Report on malaria in the Punjab during the year ...  together with an account of the work of the Punjab Malaria Bureau - Volume 3
Disease focus: Malaria
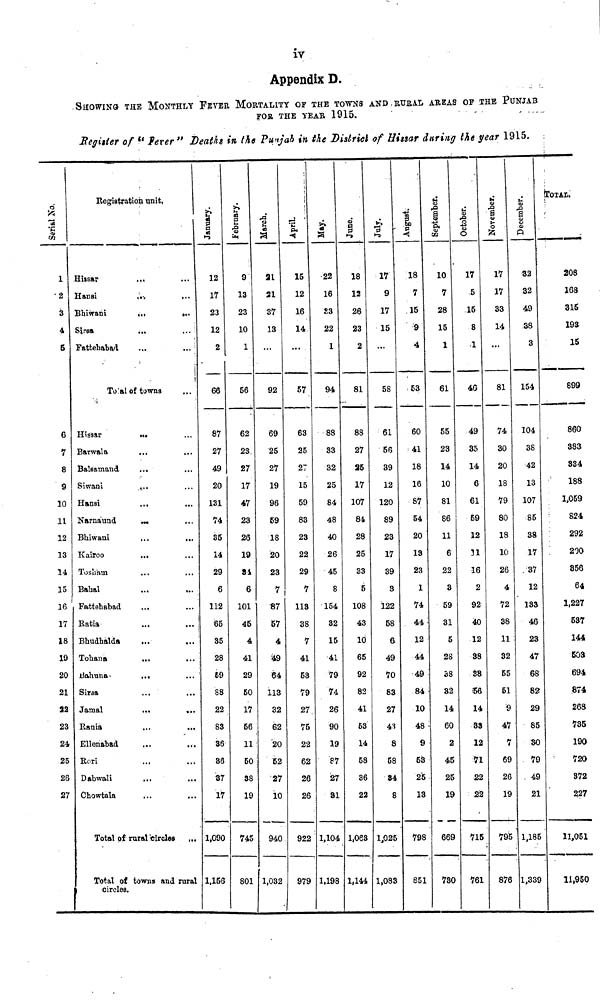
iv
Appendix D.
SHOWING THE MONTHLY FEVER MORTALITY OF THE TOWNS AND RURAL AREAS OF THE PUNJAB
FOR THE YEAR 1915.
Register of "Fever" Deaths in the Punjab in the District of Hissar during the year 1915.
Serial No.
1
2
3
4
5
6
7
8
9
10
11
12
13
14
15
16
17
18
10
20
21
22
23
24
25
26
27
Registration unit,
Hissar
...
...
Hansi
... ...
Bhiwani
...
...
Sirss
... ...
Fattehabad ... ...
To al of towns ...
Hissar
... ...
Barwala ... ...
Balsamand
... ...
Siwani
... ...
Hansi
... ...
Narnaund
...
...
Bhiwani ... ...
Kairoo
... ...
Tosham ... ...
Bahal ... ...
Fattehabad ... ...
Ratia ... ...
Bhudhalds ... ...
Tohana
... ...
Bahuna
...
...
Sirsa ... ...
Jamal
...
...
Rania
...
...
Ellenabad ... ...
Rori ... ...
Dabwali ... ...
Chowtala ... ...
Total of rural circles ...
Total of towns and rural
circles.
January.
12
17
23
12
2
66
87
27
49
20
131
74
35
14
29
6
112
65
35
28
39
88
22
83
36
38
37
17
1,090
1,156
February.
9
13
23
10
1
56
62
23
27
17
47
23
26
19
31
6
101
45
4
41
29
50
17
56
11
50
38
19
745
801
March.
21
21
37
13
92
69
25
27
19
96
59
18
20
23
7
87
57
4
49
64
113
32
62
20
52
27
10
940
1,032
April.
15
12
16
14
...
57
63
25
27
15
59
83
23
22
29
113
38
7
41
53
79
27
75
22
62
26
26
922
979
Hay.
22
16
£3
22
1
94
88
33
32
25
84
48
40
26
45
8
154
82
15
41
79
74
26
90
19
87
27
81
1,104
1.198
June.
18
12
26
23
2
81
88
27
25
17
107
84
28
25
33
5
108
43
10
65
92
82
41
53
14
58
36
22
1,063
1,144
July.
17
9
17
15
...
58
61
56
39
12
120
89
23
17
39
3
122
58
6
49
70
83
27
43
8
58
84
8
1,025
1,083
August.
18
7
15
9
4
53
60
41
18
16
87
54
20
13
23
1
74
44
12
44
49
84
10
48
9
53
25
13
798
851
September.
10
7
28
15
1
61
55
23
14
10
81
86
11
6
22
3
59
31
5
28
38
32
14
60
2
45
25
19
669
730
October.
17
5
15
8
1
46
49
35
14
6
61
59
12
31
16
2
92
40
12
88
38
56
14
33
12
71
22
22
715
761
November.
17
17
33
14
...
81
74
30
20
18
79
80
18
10
26
4
72
38
11
32
55
51
9
47
7
69
26
19
795
876
December.
32
32
49
38
3
154
104
38
42
13
107
85
38
17
37
12
133
46
23
47
68
82
29
85
30
79
49
21
1,185
1,339
TOTAL.
208
168
315
193
15
899
860
383
334
188
1,059
824
292
200
356
64
1,227
537
144
503
694
874
268
735
190
720
372
227
11,051
11,950